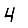
Digit: 4